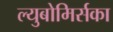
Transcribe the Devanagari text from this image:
ल्युबोमिर्सका